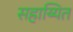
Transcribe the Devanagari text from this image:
सहाय्यित